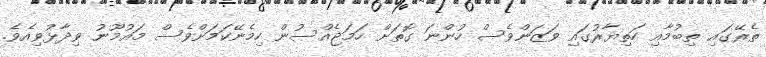
ތެރޭގައި ތިބުމާއި ހަތިޔާރުގައި ވަޒަންވެސް ހުންނަ ގޮތަށް ހަމަޖެއްސުން ހިމެނޭކަމަށްވެސް މައުމޫނު ވިދާޅުވިއެވެ.